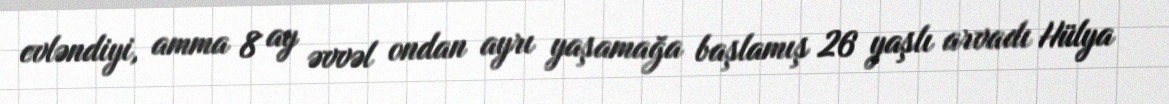
evləndiyi, amma 8 ay əvvəl ondan ayrı yaşamağa başlamış 26 yaşlı arvadı Hülya